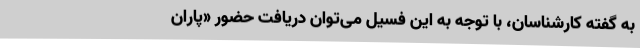
به گفته کارشناسان، با توجه به این فسیل می‌توان دریافت حضور «پاران